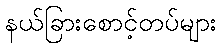
နယ်ခြားစောင့်တပ်များ